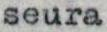
seura